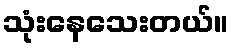
သုံးနေသေးတယ်။